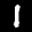
Label: 1